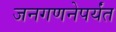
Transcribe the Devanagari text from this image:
जनगणनेपर्यंत